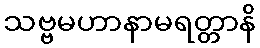
သဗ္ဗမဟာနာမရတ္တာနိ